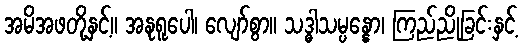
အမိအဖတို့နှင့်။ အနုရူပေါ၊ လျော်စွာ။ သဒ္ဓါသမ္ပန္နော၊ ကြည်ညိုခြင်းနှင့်